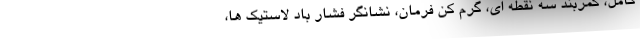
کامل، کمربند سه نقطه ای، گرم کن فرمان، نشانگر فشار باد لاستیک ها،